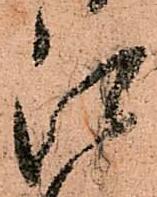
江